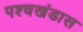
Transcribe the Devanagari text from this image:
पश्चखंडास